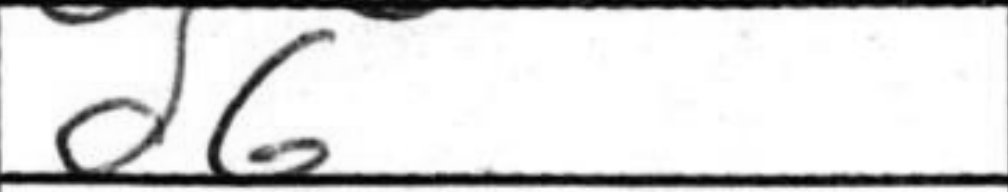
Transcription: d6